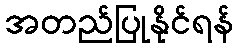
အတည်ပြုနိုင်ရန်